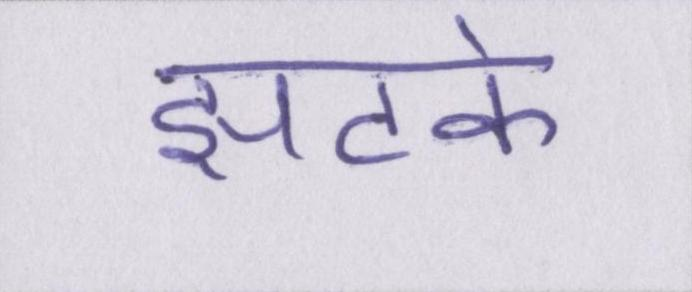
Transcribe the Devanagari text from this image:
झटके